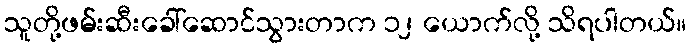
သူတို့ဖမ်းဆီးခေါ်ဆောင်သွားတာက ၁၂ ယောက်လို့ သိရပါတယ်။